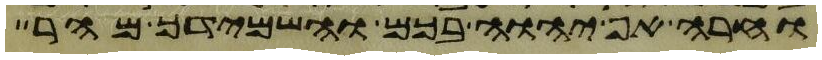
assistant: וחרה אף יהוה בכם והשמידך מהר